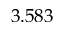
3 . 5 8 3